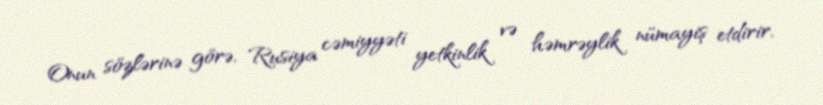
Onun sözlərinə görə, Rusiya cəmiyyəti yetkinlik və həmrəylik nümayiş etdirir,